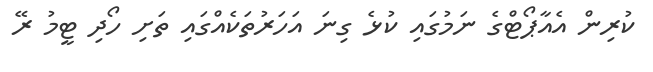
ކުރިން އެއާޕޯޓްގެ ނަމުގައި ކުޅެ ގިނަ އަހަރުތަކެއްގައި ތަށި ހޯދި ޓީމު ރޭ